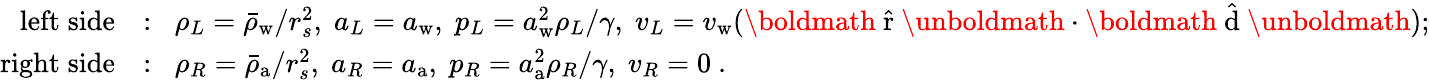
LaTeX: \begin{array}{rl}{\mathrm{left\; side}}&{:\; \; \rho_{L}=\bar{\rho}_{\mathrm{w}}/r_{s}^{2},\; a_{L}=a_{\mathrm{w}},\; p_{L}=a_{\mathrm{w}}^{2}\rho_{L}/\gamma,\; v_{L}=v_{\mathrm{w}}({\mathrm{\boldmath~\hat{r}~\unboldmath}}\cdot{\mathrm{\boldmath~\hat{d}~\unboldmath}});}\\ {\mathrm{right\; side}}&{:\; \; \rho_{R}=\bar{\rho}_{\mathrm{a}}/r_{s}^{2},\; a_{R}=a_{\mathrm{a}},\; p_{R}=a_{\mathrm{a}}^{2}\rho_{R}/\gamma,\; v_{R}=0\ .}\end{array}